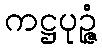
ကဋ္ဌပုဉ္ဇံ